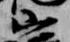
山